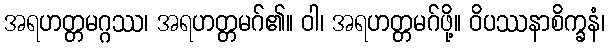
အရဟတ္တမဂ္ဂဿ၊ အရဟတ္တမဂ်၏။ ဝါ၊ အရဟတ္တမဂ်ဖို့။ ဝိပဿနာစိက္ခနံ၊